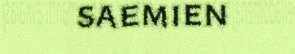
saemien